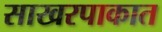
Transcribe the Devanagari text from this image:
साखरपाकात